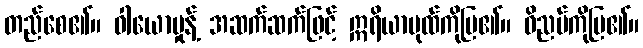
တည်စေ၏။ ဝါယောမှုန့် အဆက်ဆက်ဖြင့် ဣရိယာပုထ်ကိုပြ၏။ ဝိညပ်ကိုပြ၏။